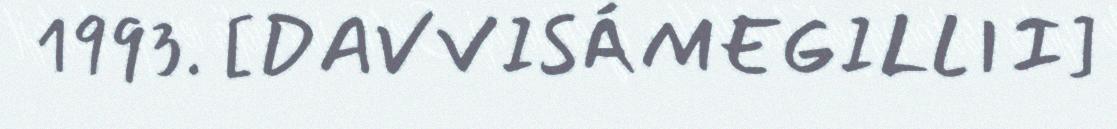
1993. [DAVVISÁMEGILLII]